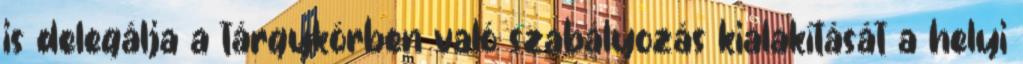
is delegálja a tárgykörben való szabályozás kialakítását a helyi